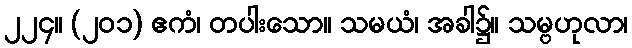
၂၂၄။ (၂၀၁) ဧကံ၊ တပါးသော။ သမယံ၊ အခါ၌။ သမ္ဗဟုလာ၊